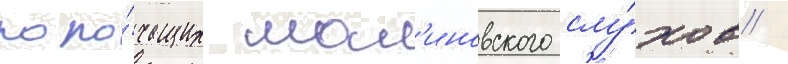
поро́чащих мал'иновского слу́хов /